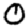
Digit: 0